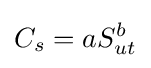
C_{s}=aS_{ut}^{b}